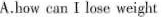
A.bow can I lose weight